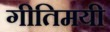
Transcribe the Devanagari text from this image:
गीतिमयी